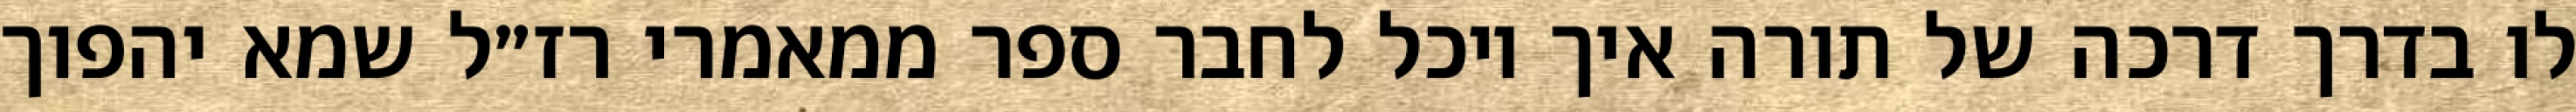
לו בדרך דרכה של תורה איך יוכל לחבר ספר ממאמרי רז״ל שמא יהפוך